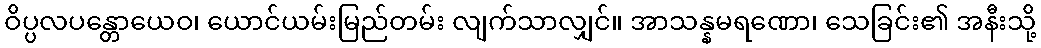
ဝိပ္ပလပန္တောယေဝ၊ ယောင်ယမ်းမြည်တမ်း လျက်သာလျှင်။ အာသန္နမရဏော၊ သေခြင်း၏ အနီးသို့